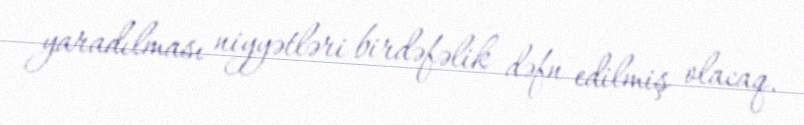
yaradılması niyyətləri birdəfəlik dəfn edilmiş olacaq.